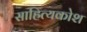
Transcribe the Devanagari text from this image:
साहित्यकोश